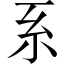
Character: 系